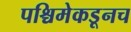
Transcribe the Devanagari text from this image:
पश्चिमेकडूनच